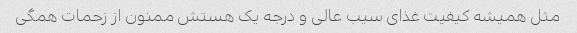
مثل همیشه کیفیت غذای سیب عالی و درجه یک هستش ممنون از زحمات همگی